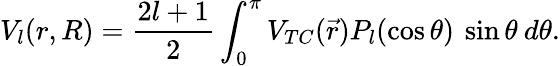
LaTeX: V_{l}(r,R)=\frac{2l+1}{2}\int_{0}^{\pi}V_{TC}(\vec{r})P_{l}(\cos\theta)\: \sin\theta\: d\theta.